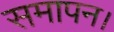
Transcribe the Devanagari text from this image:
समापन।